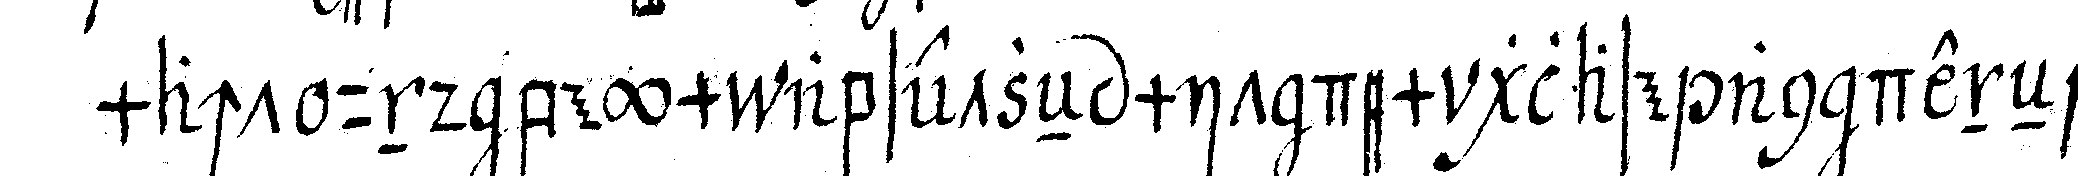
macht und beym absetzeN mit dem glase an deneN